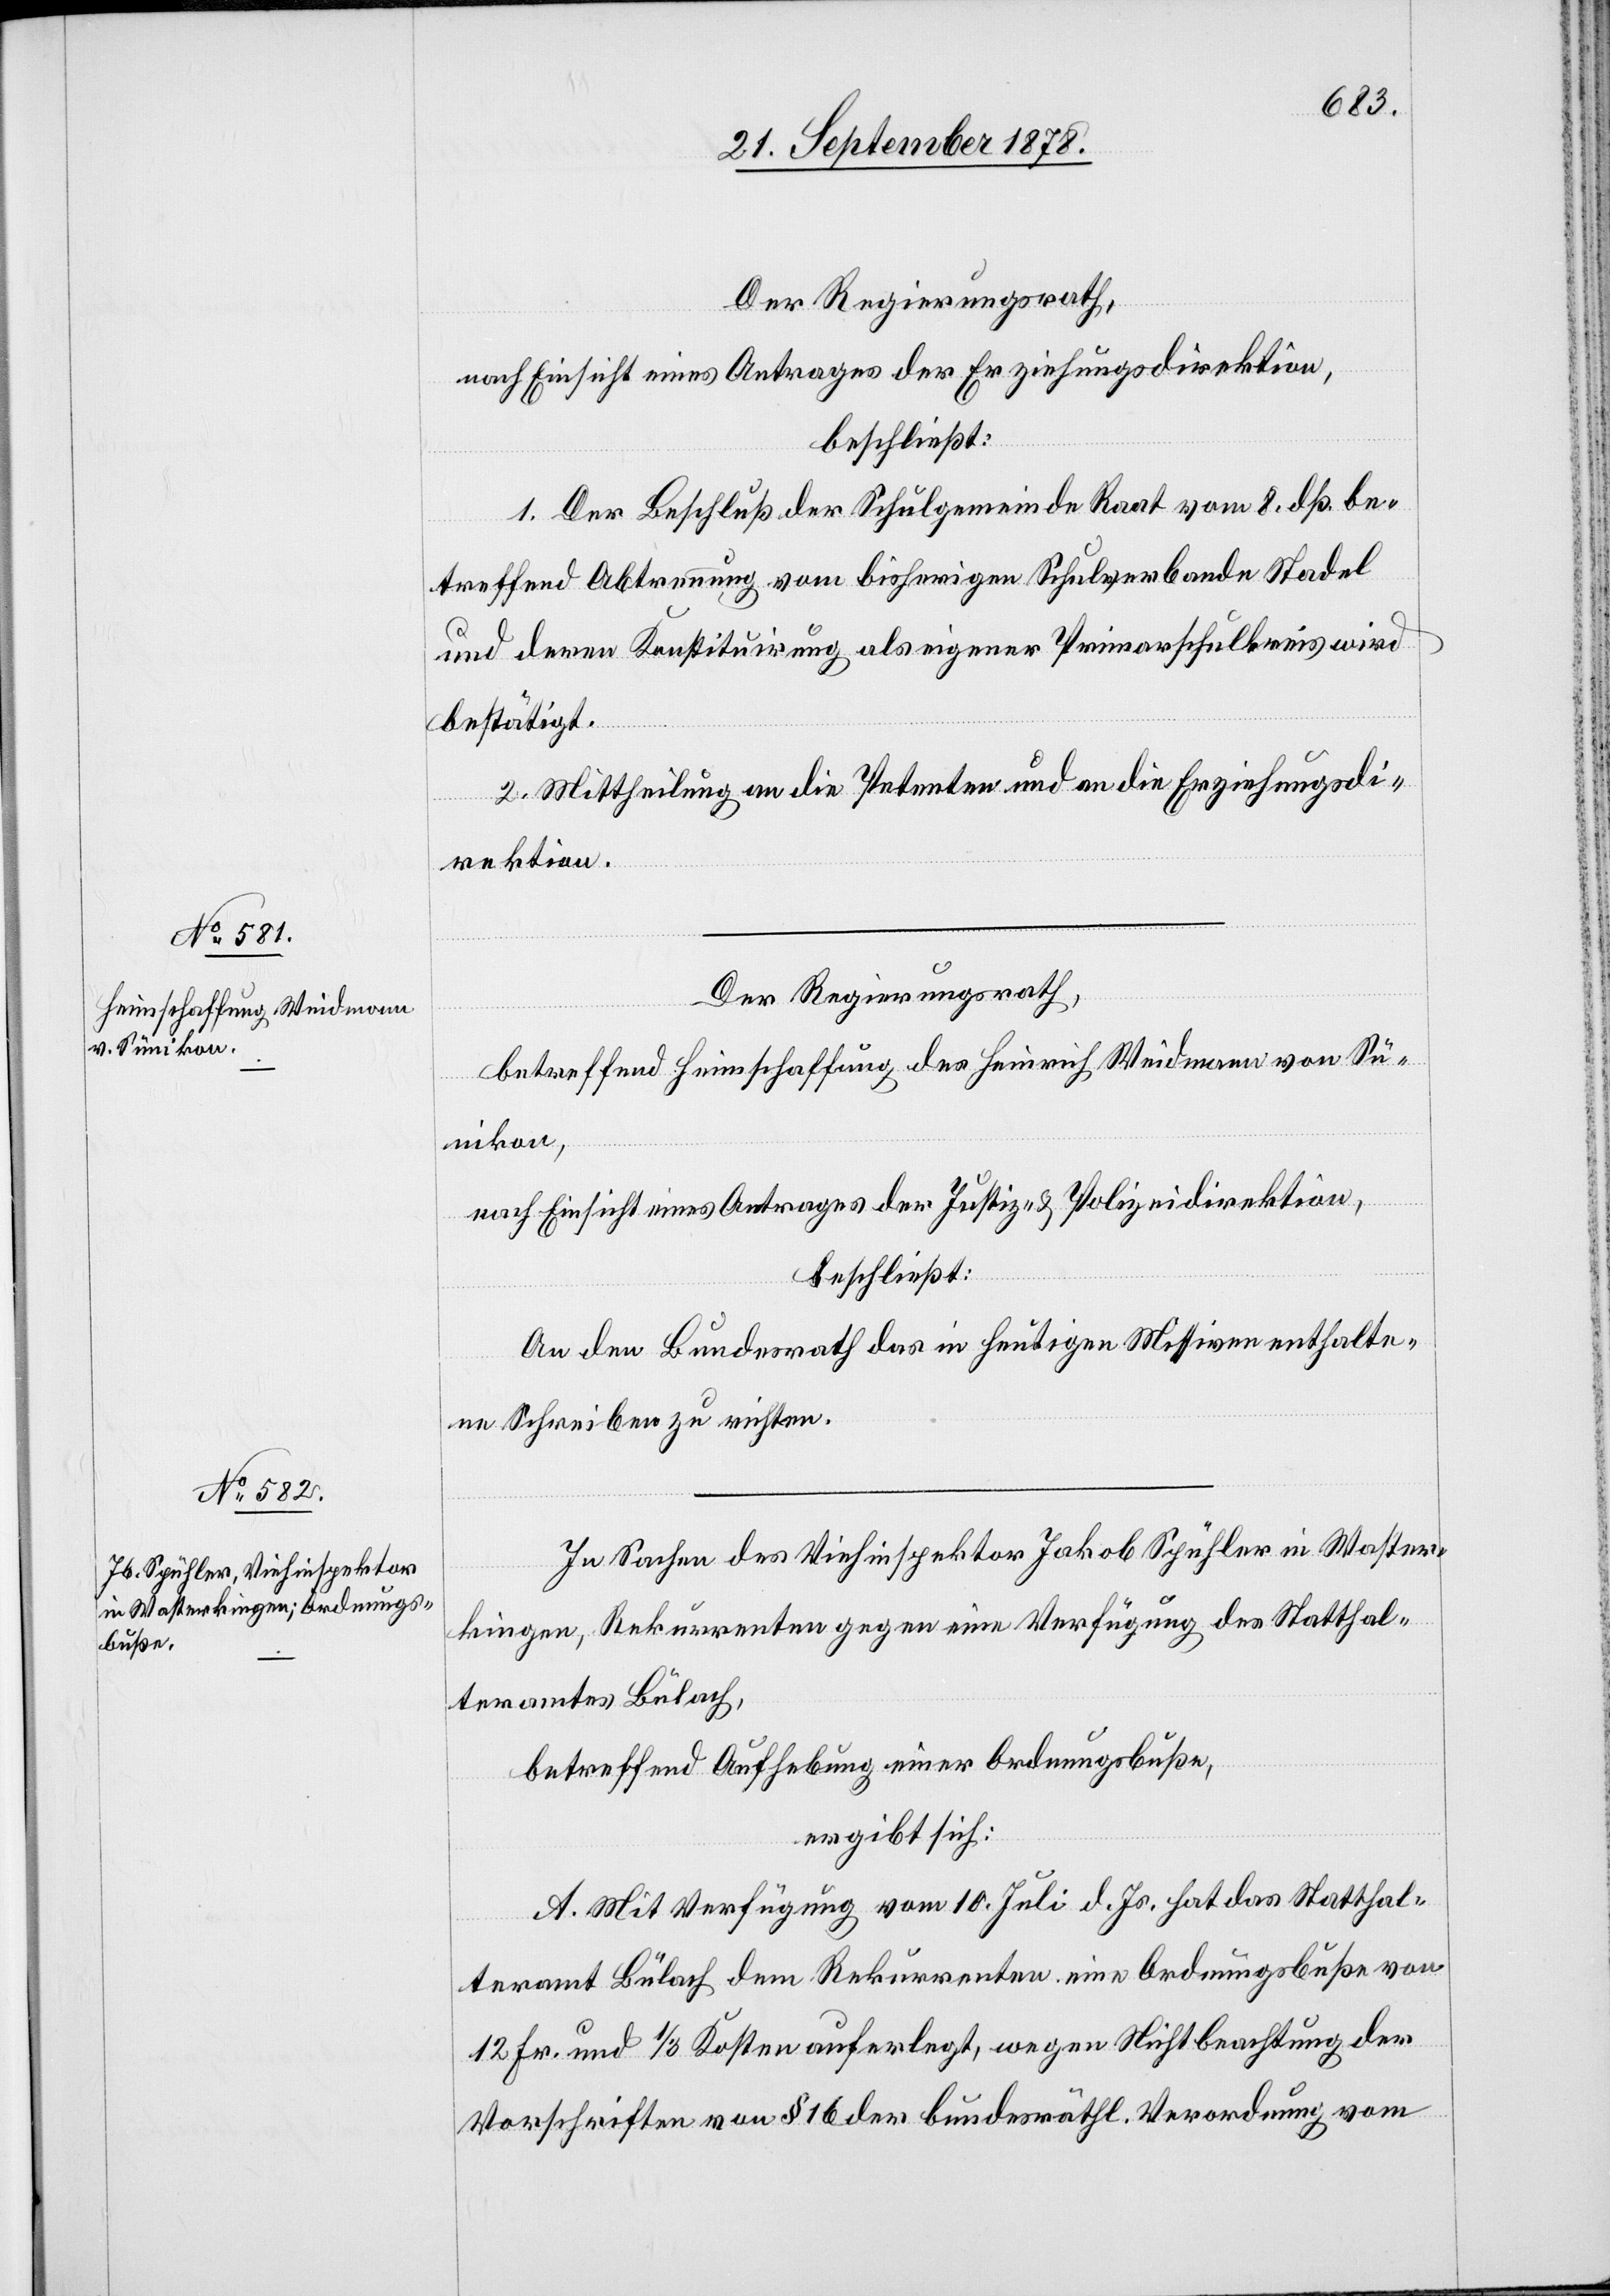
Der Regierungsrath,
nach Einsicht eines Antrages der Erziehungsdirektion,
beschließt:
1. Der Beschluß der Schulgemeinde Raat vom 8. dß. be¬
treffend Abtrennung vom bisherigen Schulverbande Stadel
und deren Konstituirung als eigener Primarschulkreis wird
bestätigt.
2. Mittheilung an die Petenten und an die Erziehungsdi¬
rektion.
Der Regierungsrath,
betreffend Heimschaffung des Heinrich Weidmann von Sü¬
nikon,
nach Einsicht eines Antrages der Justiz- & Polizeidirektion,
beschließt:
An den Bundesrath das in heutigen Missiven enthalte¬
ne Schreiben zu richten.
In Sachen des Viehinspektor Jakob Spühler in Waster¬
kingen, Rekurrenten gegen eine Verfügung des Statthal¬
teramtes Bülach,
betreffend Aufhebung einer Ordnungsbuße,
ergibt sich:
A. Mit Verfügung vom 10. Juli d. Js. hat das Statthal¬
teramt Bülach dem Rekurrenten eine Ordnungsbuße von
12 Fr. und 1/3 Kosten auferlegt, wegen Nichtbeachtung der
Vorschriften von § 16 der bundesräthl. Verordnung vom